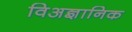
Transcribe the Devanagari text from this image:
विअज्ञानिक